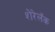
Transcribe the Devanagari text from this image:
शेरेलॅक